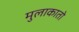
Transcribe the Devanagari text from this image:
मुलाकातो